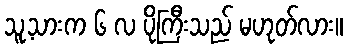
သူ့သားက ၆ လ ပိုကြီးသည် မဟုတ်လား။